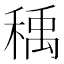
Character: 𰨰